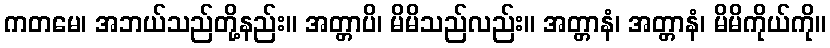
ကတမေ၊ အဘယ်သည်တို့နည်း။ အတ္တာပိ၊ မိမိသည်လည်း။ အတ္တာနံ၊ အတ္တာနံ၊ မိမိကိုယ်ကို။